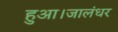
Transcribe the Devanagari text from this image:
हुआ।जालंधर